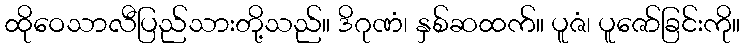
ထိုဝေသာလီပြည်သားတို့သည်။ ဒိဂုဏံ၊ နှစ်ဆထက်။ ပူဇံ၊ ပူဇော်ခြင်းကို။